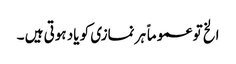
الخ تو عموماً ہر نمازی کو یاد ہوتی ہیں ۔